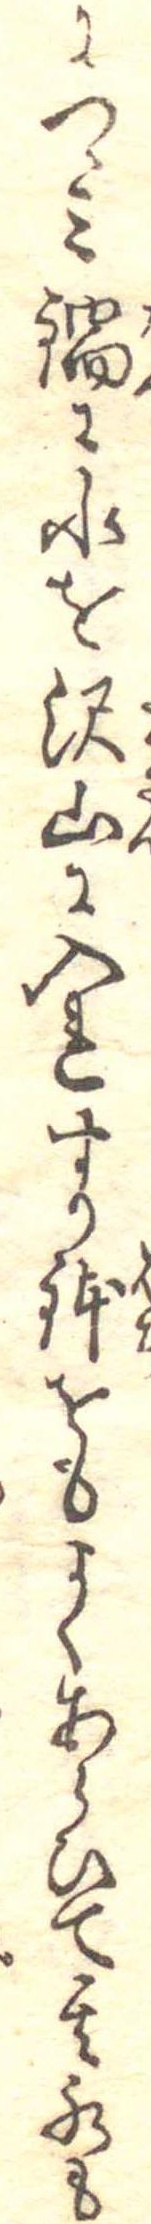
につゝみ鍋に水を沢山に入れすり鉢をもよくあらひて其水も